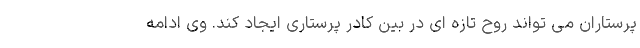
پرستاران می تواند روح تازه ای در بین کادر پرستاری ایجاد کند. وی ادامه